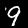
Label: 9